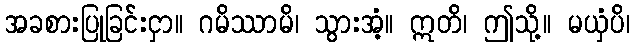
အခစားပြုခြင်းငှာ။ ဂမိဿာမိ၊ သွားအံ့။ ဣတိ၊ ဤသို့။ မယှံပိ၊